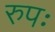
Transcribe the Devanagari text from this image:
रुपः